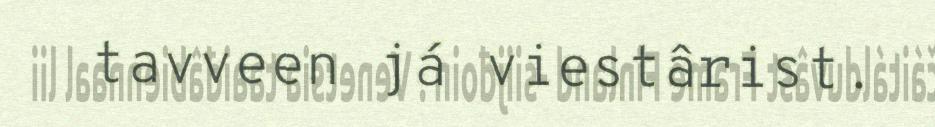
tavveen já viestârist.